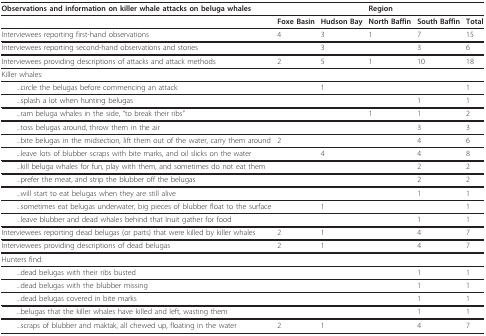
| Observations and information on killer whale attacks on beluga whales |  |  | Region |  |  |
 | --- | --- | --- | --- | --- | --- |
 |  | Foxe Basin | Hudson Bay | North Baffin | South Baffin | Total |
 | Interviewees reporting first-hand observations | 4 | 3 | 1 | 7 | 15 |
 | Interviewees reporting second-hand observations and stories |  | 3 |  | 3 | 6 |
 | Interviewees providing descriptions of attacks and attack methods | 2 | 5 | 1 | 10 | 18 |
 | Killer whales: |  |  |  |  |  |
 | ...circle the belugas before commencing an attack |  | 1 |  |  | 1 |
 | ...splash a lot when hunting belugas |  |  |  | 1 | 1 |
 | ...ram beluga whales in the side, "to break their ribs" |  |  | 1 | 1 | 2 |
 | ...toss belugas around, throw them in the air |  |  |  | 3 | 3 |
 | ...bite belugas in the midsection, lift them out of the water, carry them around | 2 |  |  | 4 | 6 |
 | ...leave lots of blubber scraps with bite marks, and oil slicks on the water |  | 4 |  | 4 | 8 |
 | ...kill beluga whales for fun, play with them, and sometimes do not eat them |  |  |  | 2 | 2 |
 | ...prefer the meat, and strip the blubber off the belugas |  |  |  | 2 | 2 |
 | ...will start to eat belugas when they are still alive |  |  |  | 1 | 1 |
 | ...sometimes eat belugas underwater, big pieces of blubber float to the surface |  | 1 |  |  | 1 |
 | ...leave blubber and dead whales behind that Inuit gather for food |  |  |  | 1 | 1 |
 | Interviewees reporting dead belugas (or parts) that were killed by killer whales | 2 | 1 |  | 4 | 7 |
 | Interviewees providing descriptions of dead belugas | 2 | 1 |  | 4 | 7 |
 | Hunters find: |  |  |  |  |  |
 | ...dead belugas with their ribs busted |  |  |  | 1 | 1 |
 | ...dead belugas with the blubber missing |  |  |  | 1 | 1 |
 | ...dead belugas covered in bite marks |  |  |  | 1 | 1 |
 | ...belugas that the killer whales have killed and left, wasting them |  |  |  | 1 | 1 |
 | ...scraps of blubber and maktak, all chewed up, floating in the water | 2 | 1 |  | 4 | 7 |